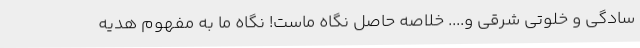
سادگی و خلوتی شرقی و.... خلاصه حاصل نگاه ماست! نگاه ما به مفهوم هدیه